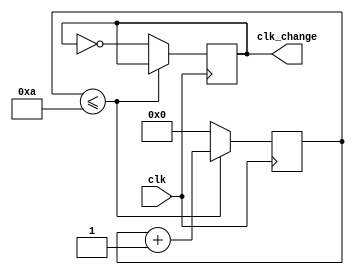
`timescale 1ns / 1ps
//////////////////////////////////////////////////////////////////////////////////
// Company: 
// Engineer: 
// 
// Design Name: 
// Module Name: change_HZ
// Project Name: 
// Target Devices: 
// Tool Versions: 
// Description: 
// 
// Dependencies: 
// 
// Revision:
// Revision 0.01 - File Created
// Additional Comments:
// 
//////////////////////////////////////////////////////////////////////////////////


module change_HZ(
    input clk,
    output reg clk_change
    );
    parameter CYC=10;
    reg [21:0] counter;
    initial begin
    clk_change=0;
    counter=0;
    end
    always @(posedge clk)
        if(counter<=CYC)begin 
            counter=counter+1;
            end
         else begin 
            counter =0;
            clk_change=~clk_change;
            end   
endmodule